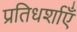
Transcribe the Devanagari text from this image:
प्रतिधर्शाएँ